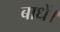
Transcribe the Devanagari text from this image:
बाधें।